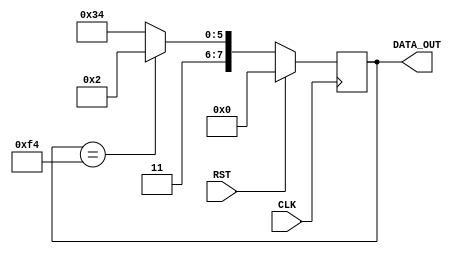
module RCB_FRL_TrainingPattern(
		CLK,
		RST,
		DATA_OUT);
		
	input		CLK, RST;
	output reg [7:0]	DATA_OUT;
	
	always @ (posedge CLK)
	begin
		if(RST)
		begin
			DATA_OUT <= 0;
		end
		else
		begin
			if(DATA_OUT == 8'hf4)
				DATA_OUT <= 8'hc2;
			else
				DATA_OUT <= 8'hf4;
		end
	end
	
endmodule